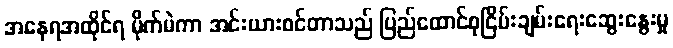
အနေရအထိုင်ရ မိုက်မဲကာ အင်းယားစင်တာသည် ပြည်ထောင်စုငြိမ်းချမ်းရေးဆွေးနွေးမှု